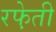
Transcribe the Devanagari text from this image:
रफे़ती